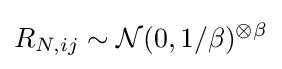
R_{N,ij}\sim {\mathcal {N}}(0,1/\beta )^{\otimes \beta }